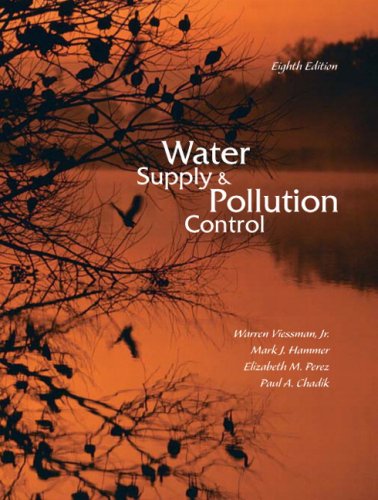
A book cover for Water Supply and Pollution Control (8th Edition); Warren Viessman  Jr.; Science & Math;